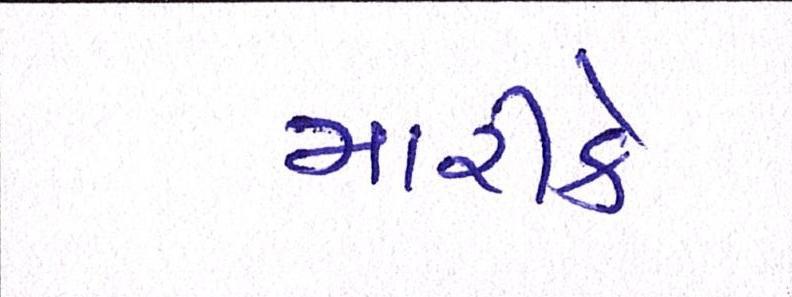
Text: મારીકે